Leaving Certificate Examination, 1910
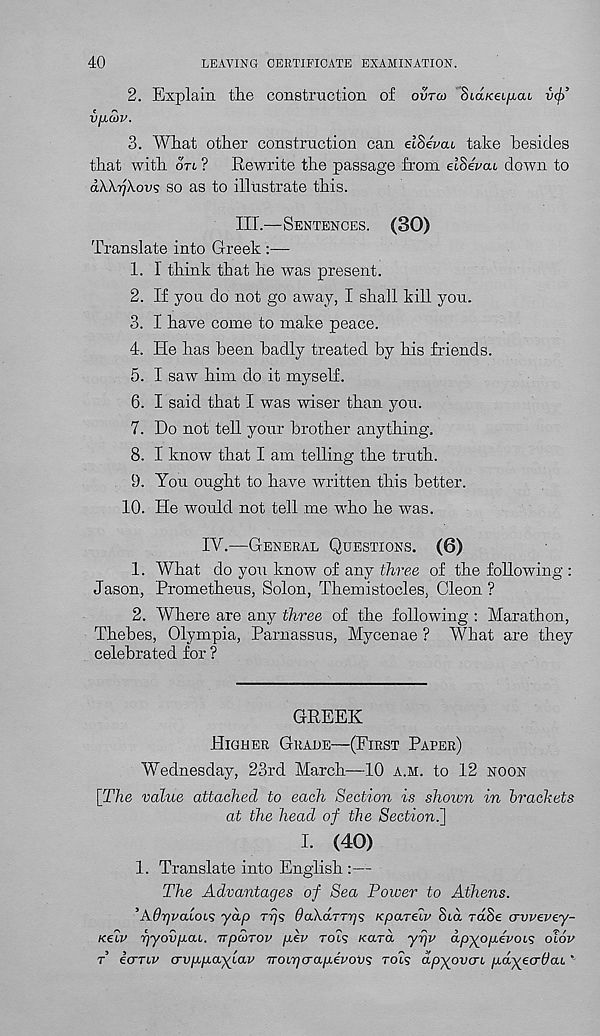
40
LEAVING CERTIFICATE EXAMINATION.
2. Explain the construction of ovrco Sta/cei/rat v<j/
VjXWV.
3. What other construction can elSevau take besides
that with on ? Rewrite the passage from elSevau down to
dA.A.'ijA.ovs so as to illustrate this.
III.—Sentences. (30)
Translate into Greek :—
1. 1 think that he was present.
2. If you do not go away, I shall kill you.
3. I have come to make peace.
4. He has been badly treated by his friends.
5. I saw him do it myself.
6. I said that I was wiser than you.
7. Do not tell your brother anything.
8. I know that I am telling the truth.
9. You ought to have written this better.
10. He would not tell me who he was.
IV.—General Questions. (6)
1. What do you know of any three of the following :
Jason, Prometheus, Solon, Themistocles, Cleon ?
2. Where are any three of the following : Marathon,
Thebes, Olympia, Parnassus, Mycenae ? What are they
celebrated for ?
GREEK
Higher Grade—(First Paper)
Wednesday, 23rd March—10 a.h. to 12 noon
[The value attached to each Section is shown in brackets
at the head of the Section.'j
I. (40)
1. Translate into English :—
The Advantages of Sea Power to Athens.
’Ad^Ecuois yap Trjs doAd-rrijs Kparelv Sid rdSe avvevey-
Keiv rjyovpai. TTpcorov p.ev rots /card y-jji' dpyop.evoi^ olov
t icmv crvpp.a^Lav Troi'qo-ap.evov's tois dpyovcn p.d^ecr6aL *